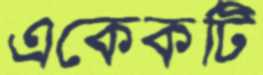
একেকটি